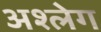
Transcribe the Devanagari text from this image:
अश्लेग